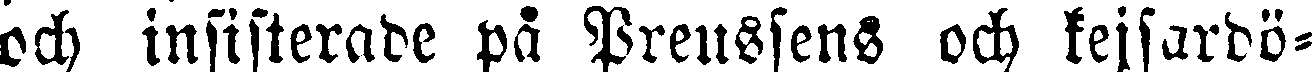
och insisterade på Preussens och kejsardö-